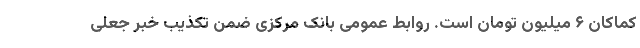
کماکان ۶ میلیون تومان است. روابط عمومی بانک مرکزی ضمن تکذیب خبر جعلی